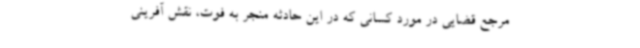
مرجع قضایی در مورد کسانی که در این حادثه منجر به فوت، نقش آفرینی